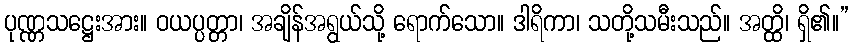
ပုဏ္ဏသဋ္ဌေးအား။ ဝယပ္ပတ္တာ၊ အချိန်အရွယ်သို့ ရောက်သော။ ဒါရိကာ၊ သတို့သမီးသည်။ အတ္ထိ၊ ရှိ၏။”